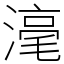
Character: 𣻼